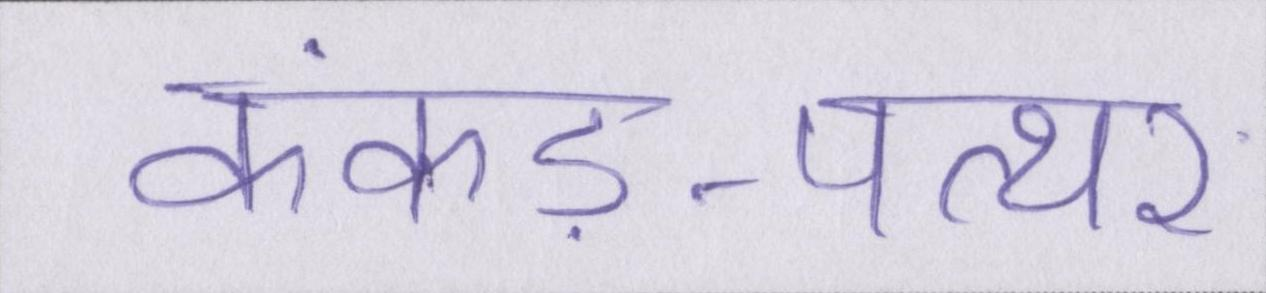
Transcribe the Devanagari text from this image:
कंकड़-पत्थर